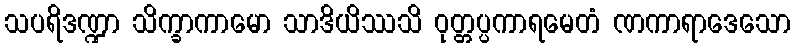
သပရိဒဏ္ဍာ သိက္ခာကာမော သာဒိယိဿသိ ဝုတ္တပ္ပကာရမေတံ ဏကာရာဒေသော